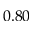
0 . 8 0